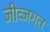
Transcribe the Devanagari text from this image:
जीव्जगत